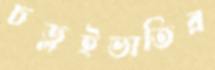
চড়ুইভাতির